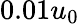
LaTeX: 0.01u_{0}